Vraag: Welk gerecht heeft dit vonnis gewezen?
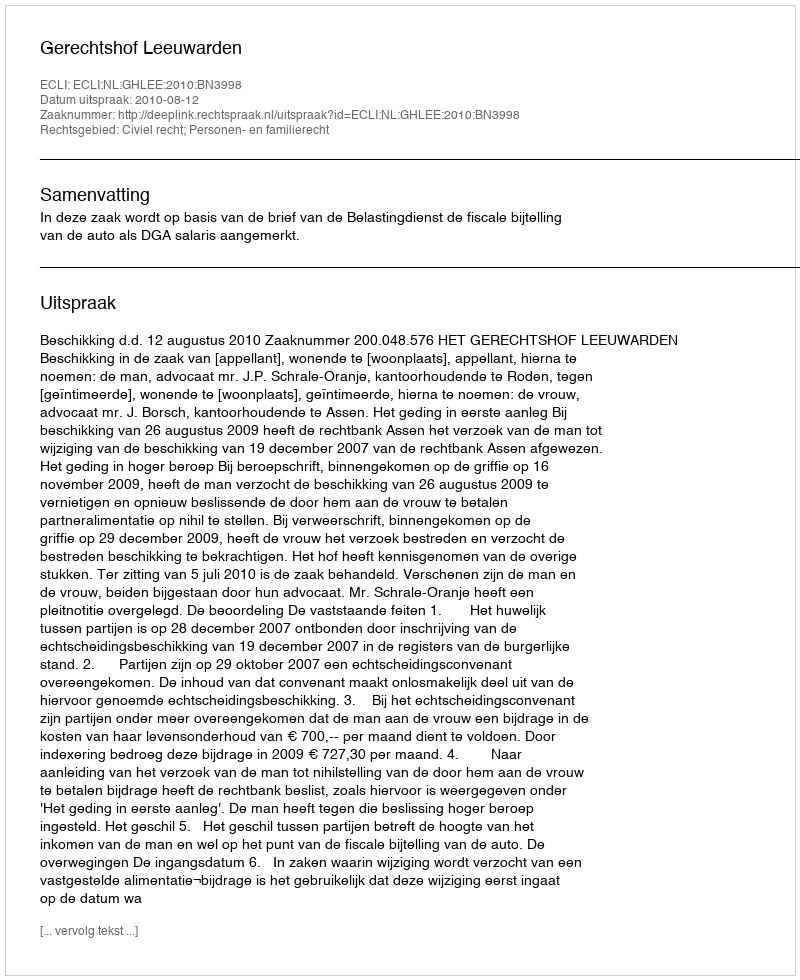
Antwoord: Gerechtshof Leeuwarden